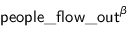
\mathsf { p e o p l e \_ f l o w \_ o u t } ^ { \beta }